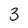
Character: 3